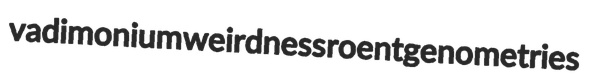
vadimonium weirdness roentgenometries